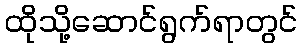
ထိုသို့ဆောင်ရွက်ရာတွင်